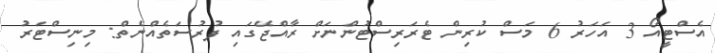
އެސްޓީއޯ 3 އަހަރު 6 މަސް ކުރިން ޓެރަރިސްޓުންނަށް ރާއްޖޭގައި ފުރުސަތެއްނެތް: މިނިސްޓަރު